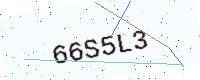
Text: 66S5L3